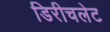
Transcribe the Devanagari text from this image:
डिरीचलेट